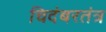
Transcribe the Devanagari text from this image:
चिदंबरतंत्र